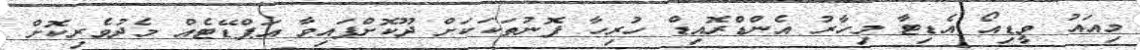
މިއައު ވީޑިއޯ އެޑިޓާ މިހާރު އެންޑްރޮއިޑް ހުރިހާ ފޮނުތަކަކަށް ދޫކޮށްފައިވާ އަޕްޑޭޓެއް މެދުވެރިކޮށް